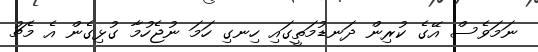
ނަމަވެސް އޭގެ ކުރިން ދަނޑުމަތީގައި ހިނގި ހަމަ ނުޖެހުމާ ގުޅިގެން އެ މެޗު